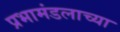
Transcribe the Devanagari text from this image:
प्रभामंडलाच्या